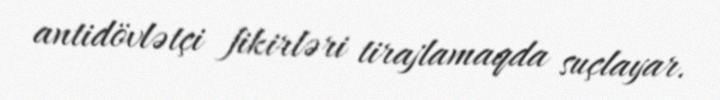
antidövlətçi fikirləri tirajlamaqda suçlayar.